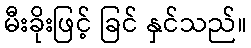
မီးခိုးဖြင့် ခြင် နှင်သည်။